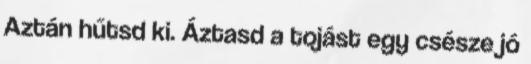
Aztán hűtsd ki. Áztasd a tojást egy csésze jó